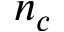
n _ { c }